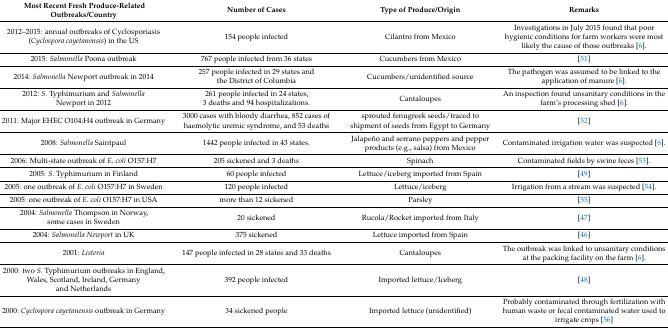
<table><thead><tr><td><b> Most Recent Fresh Produce-Related Outbreaks/Country</b></td><td><b>Number of Cases</b></td><td><b>Type of Produce/Origin</b></td><td><b>Remarks</b></td></tr></thead><tbody><tr><td>2012–2015: annual outbreaks of Cyclosporiasis (<i>Cyclospora cayetanensis</i>) in the US</td><td>154 people infected</td><td>Cilantro from Mexico</td><td>Investigations in July 2015 found that poor hygienic conditions for farm workers were most likely the cause of those outbreaks [6].</td></tr><tr><td>2015: <i>Salmonella</i> Poona outbreak</td><td>767 people infected from 36 states</td><td>Cucumbers from Mexico</td><td>[51]</td></tr><tr><td>2014: <i>Salmonella</i> Newport outbreak in 2014</td><td>257 people infected in 29 states and the District of Columbia</td><td>Cucumbers/unidentified source</td><td>The pathogen was assumed to be linked to the application of manure [6].</td></tr><tr><td>2012: <i>S.</i> Typhimurium and <i>Salmonella</i> Newport in 2012</td><td>261 people infected in 24 states, 3 deaths and 94 hospitalizations.</td><td>Cantaloupes</td><td>An inspection found unsanitary conditions in the farm’s processing shed [6].</td></tr><tr><td>2011: Major EHEC O104:H4 outbreak in Germany</td><td>3000 cases with bloody diarrhea, 852 cases of haemolytic uremic syndrome, and 53 deaths</td><td>sprouted fenugreek seeds/traced to shipment of seeds from Egypt to Germany</td><td>[52]</td></tr><tr><td>2008: <i>Salmonella</i> Saintpaul</td><td>1442 people infected in 43 states.</td><td>Jalapeño and serrano peppers and pepper products (e.g., salsa) from Mexico</td><td>Contaminated irrigation water was suspected [6].</td></tr><tr><td>2006: Multi-state outbreak of <i>E. coli</i> O157:H7</td><td>205 sickened and 3 deaths</td><td>Spinach</td><td>Contaminated fields by swine feces [53].</td></tr><tr><td>2005: <i>S.</i> Typhimurium in Finland</td><td>60 people infected</td><td>Lettuce/iceberg imported from Spain</td><td>[49]</td></tr><tr><td>2005: one outbreak of <i>E. coli</i> O157:H7 in Sweden</td><td>120 people infected</td><td>Lettuce/iceberg</td><td>Irrigation from a stream was suspected [54].</td></tr><tr><td>2005: one outbreak of <i>E. coli</i> O157:H7 in USA</td><td>more than 12 sickened</td><td>Parsley</td><td>[55]</td></tr><tr><td>2004: <i>Salmonella</i> Thompson in Norway, some cases in Sweden</td><td>20 sickened</td><td>Rucola/Rocket imported from Italy</td><td>[47]</td></tr><tr><td>2004: <i>Salmonella Newport</i> in UK</td><td>375 sickened</td><td>Lettuce imported from Spain</td><td>[46]</td></tr><tr><td>2001: <i>Listeria</i></td><td>147 people infected in 28 states and 33 deaths</td><td>Cantaloupes</td><td>The outbreak was linked to unsanitary conditions at the packing facility on the farm [6].</td></tr><tr><td>2000: two <i>S.</i> Typhimurium outbreaks in England, Wales, Scotland, Ireland, Germany and Netherlands</td><td>392 people infected</td><td>Imported lettuce/Iceberg</td><td>[48]</td></tr><tr><td>2000: <i>Cyclospora cayetanensis</i> outbreak in Germany</td><td>34 sickened people</td><td>Imported lettuce (unidentified)</td><td>Probably contaminated through fertilization with human waste or fecal contaminated water used to irrigate crops [56]</td></tr></tbody></table>